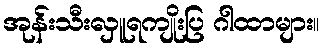
အုန်းသီးလှူရကျိုးပြ ဂါထာများ။